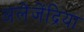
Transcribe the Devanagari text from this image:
अलेजेंद्रिया